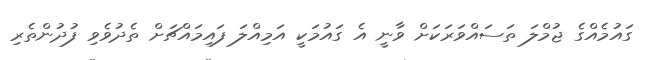
ގައުމެއްގެ ޖުމްލަ ތަސައްވަރަކަށް ވާނީ އެ ގައުމަކީ އަމިއްލަ ފައިމައްޗަށް ތެދުވެވި ފުދުންތެރި